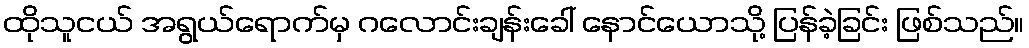
ထိုသူငယ် အရွယ်ရောက်မှ ဂလောင်းချန်းခေါ် နောင်ယောသို့ ပြန်ခဲ့ခြင်း ဖြစ်သည်။